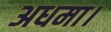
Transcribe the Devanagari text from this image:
अधमा।